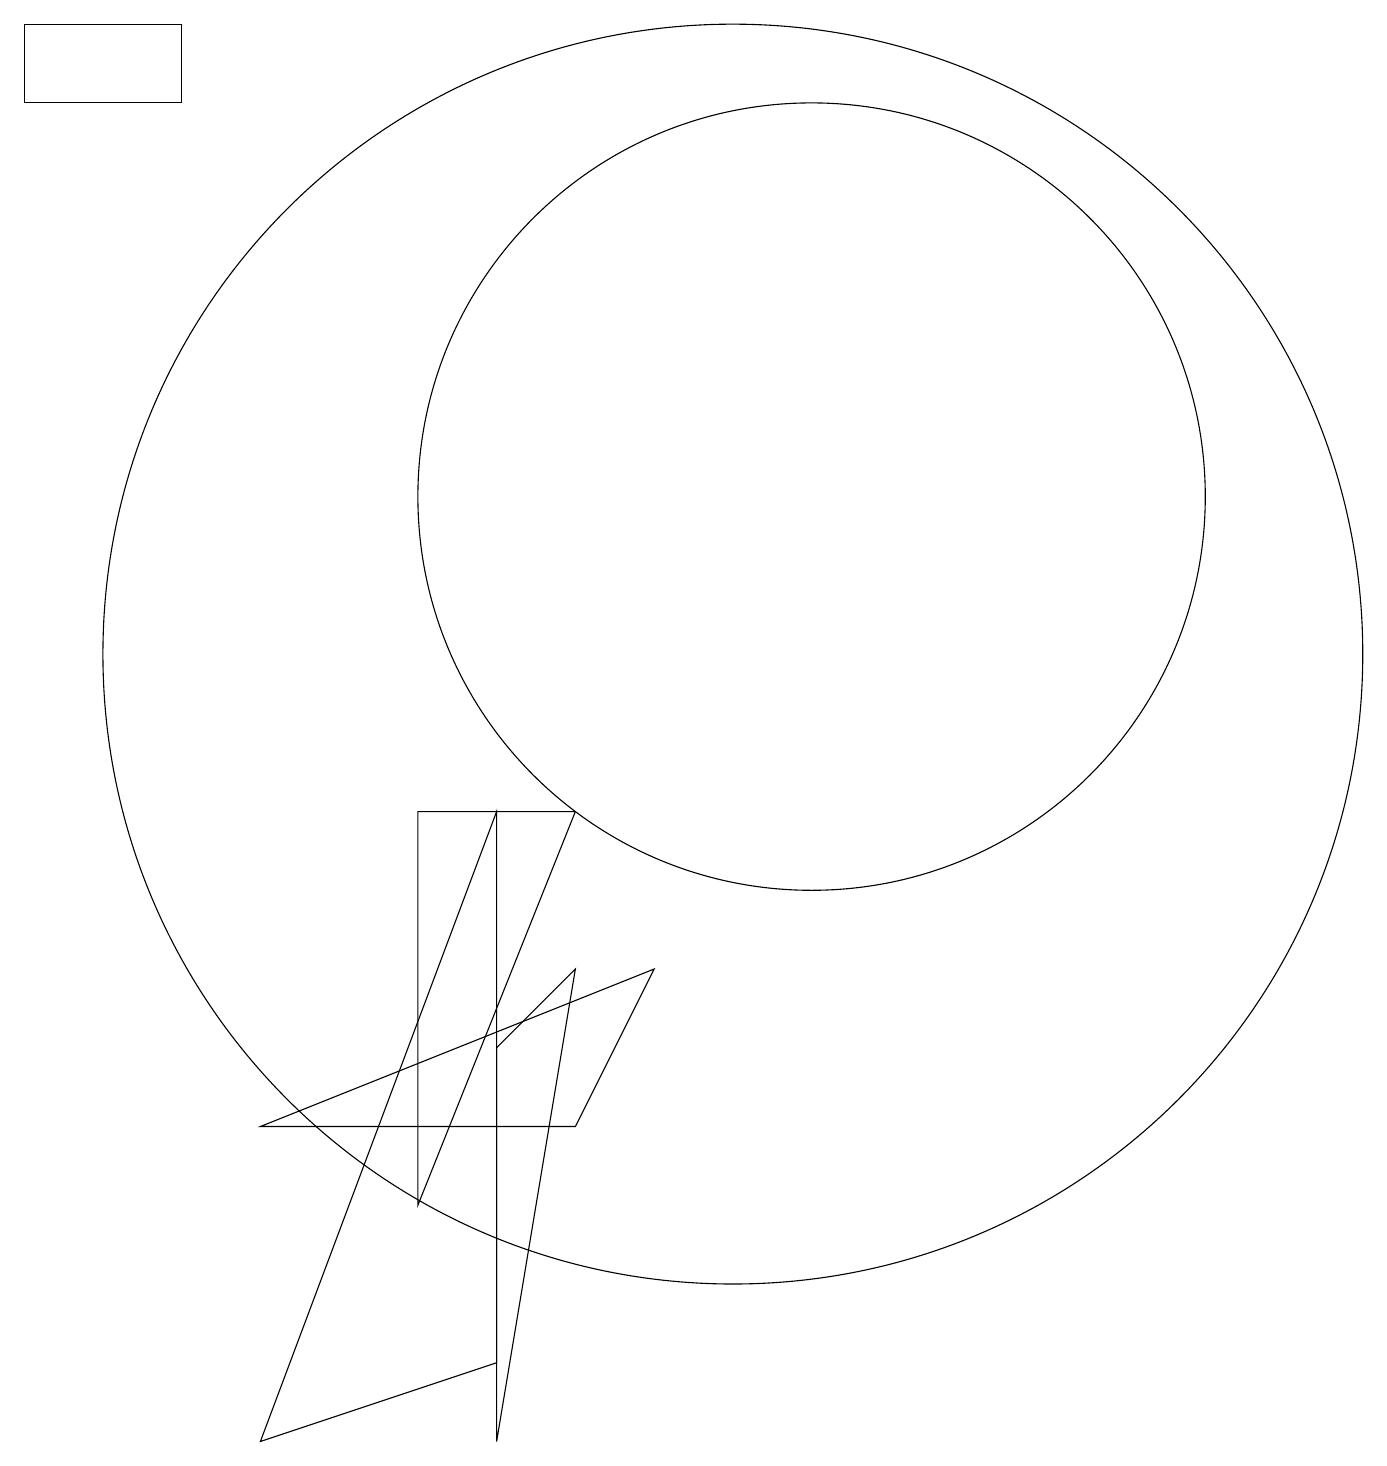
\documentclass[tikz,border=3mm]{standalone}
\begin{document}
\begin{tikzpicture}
\draw (8,8) -- (6,3) -- (6,8) -- cycle;
\draw (1,17) rectangle (3,18);
\draw (11,12) circle (5);
\draw (4,4) -- (8,4) -- (9,6) -- cycle;
\draw (10,10) circle (8);
\draw (10,11) circle (0);
\draw (8,6) -- (7,5) -- (7,0) -- cycle;
\draw (7,8) -- (4,0) -- (7,1) -- cycle;
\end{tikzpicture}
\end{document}